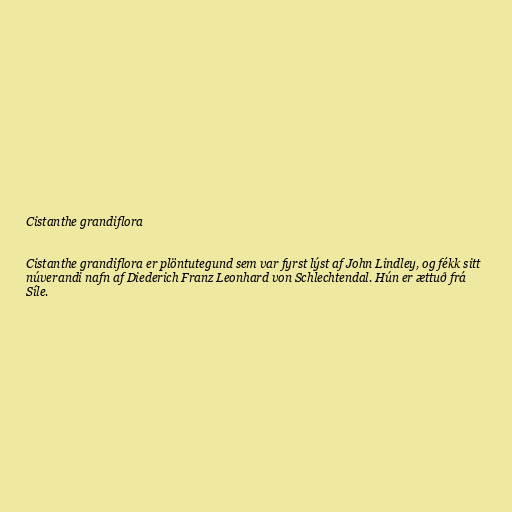
Cistanthe grandiflora

Cistanthe grandiflora er plöntutegund sem var fyrst lýst af John Lindley, og fékk sitt
núverandi nafn af Diederich Franz Leonhard von Schlechtendal. Hún er ættuð frá
Síle.